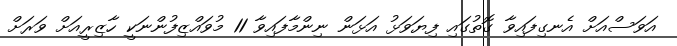
އަވަސްއަށް އެނގިފައިވާ ގޮތުގައި ފިޔަވަޅު އަޅަން ނިންމާފައިވާ 11 މުވައްޒިފުންނަކީ ހާޒިރީއަށް ވަރަށް